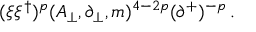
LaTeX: ( \xi \xi ^ { \dagger } ) ^ { p } ( A _ { \perp } , \partial _ { \perp } , m ) ^ { 4 - 2 p } ( \partial ^ { + } ) ^ { - p } \, .